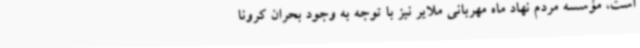
است، مؤسسه مردم نهاد ماه مهربانی ملایر نیز با توجه به وجود بحران کرونا